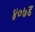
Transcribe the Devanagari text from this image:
४०७ड